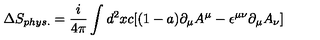
\Delta S _ { p h y s . } = { \frac { i } { 4 \pi } } \int d ^ { 2 } x c [ ( 1 - a ) \partial _ { \mu } A ^ { \mu } - \epsilon ^ { \mu \nu } \partial _ { \mu } A _ { \nu } ]